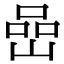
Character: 嵒